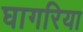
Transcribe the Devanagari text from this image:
घागरिया